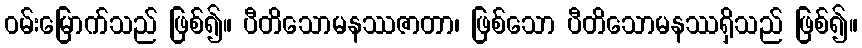
ဝမ်းမြောက်သည် ဖြစ်၍။ ပီတိသောမနဿဇာတာ၊ ဖြစ်သော ပီတိသောမနဿရှိသည် ဖြစ်၍။